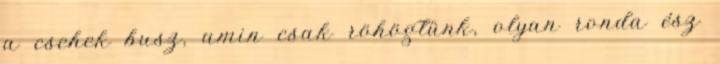
a csehek busz, amin csak röhögtünk, olyan ronda ész